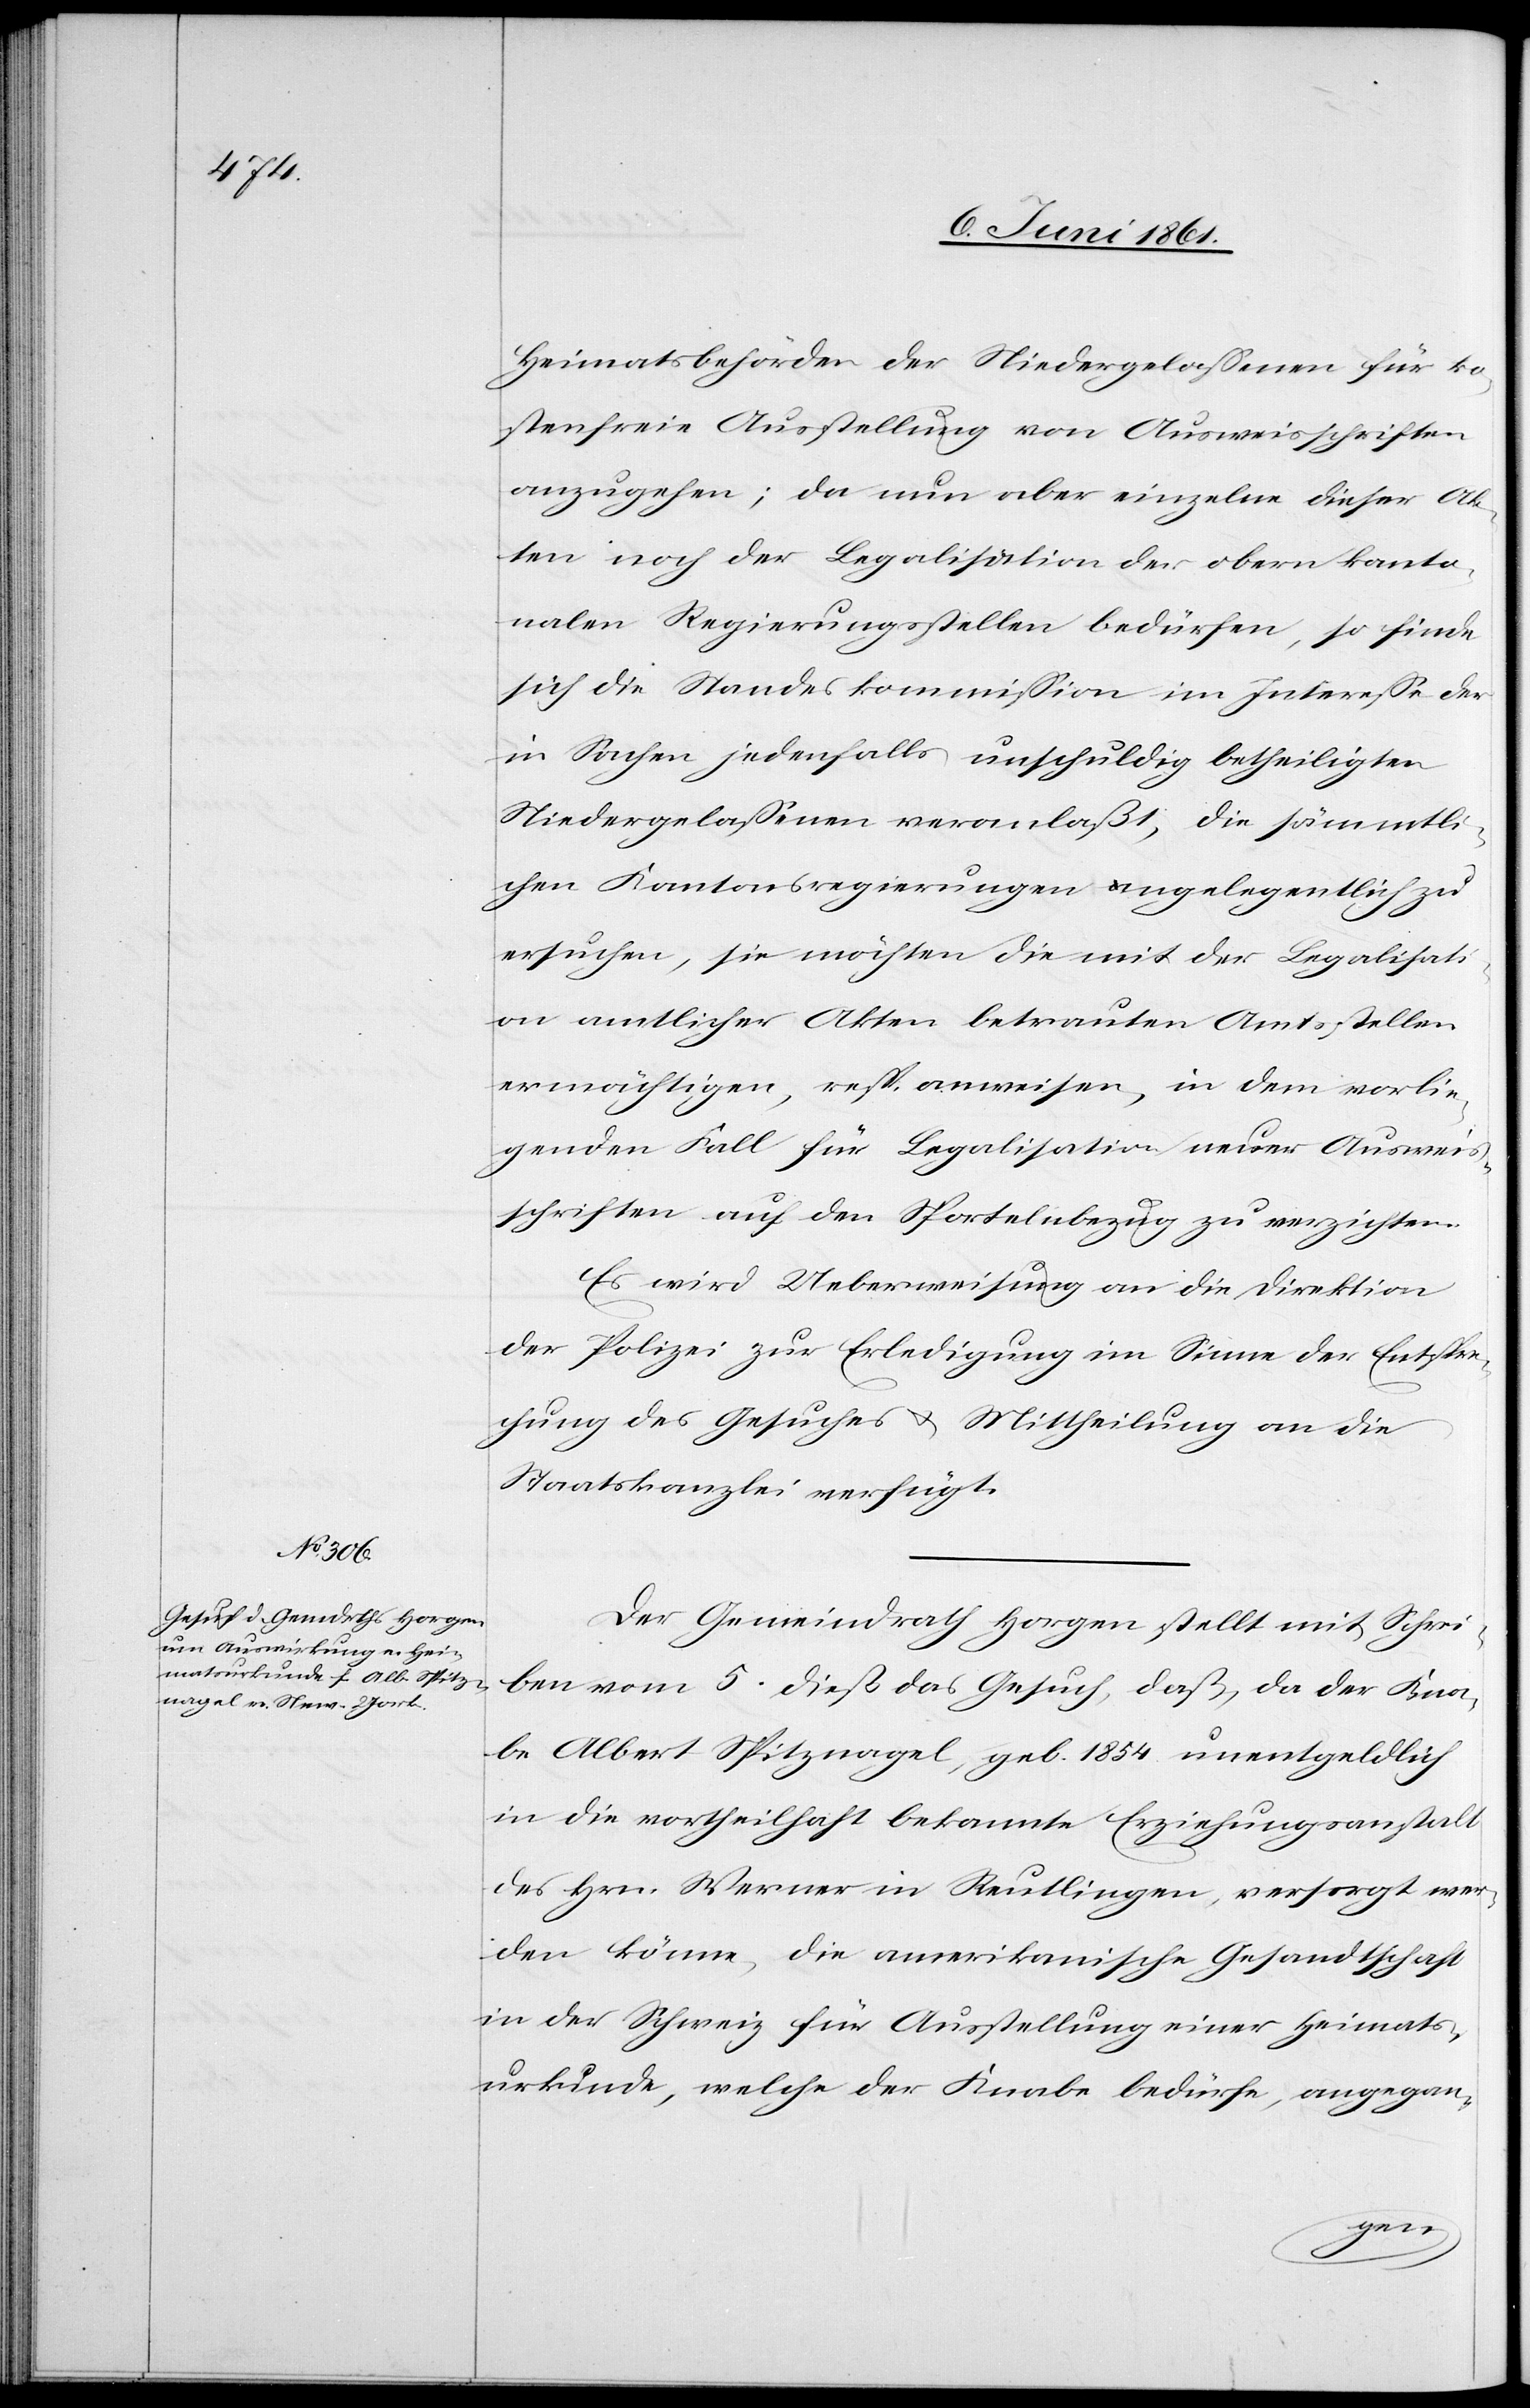
Heimatsbehörden der Niedergelassenen für ko¬
stenfreie Ausstellung von Ausweisschriften
anzugehen; da nun aber einzelne dieser Ak¬
ten noch der Legalisation der obern kanto¬
nalen Regierungsstellen bedürfen, so finde
sich die Standeskommission im Interesse der
in Sachen jedenfalls unschuldig betheiligten
Niedergelassenen veranlaßt, die sämmtli¬
chen Kantonsregierungen angelegentlich zu
ersuchen, sie möchten die mit der Legalisat¬
ion amtlicher Akten betrauten Amtsstellen
ermächtigen, resp. anweisen, in dem vorlie¬
genden Fall für Legalisation neuer Ausweis¬
schriften auf den Sportelnbezug zu verzichten.
Es wird Ueberweisung an die Direktion
der Polizei zur Erledigung im Sinne der Entspre¬
chung des Gesuches u. Mittheilung an die
Staatskanzlei verfügt.
Der Gemeindrath Horgen stellt mit Schrei¬
ben vom 5. dieß das Gesuch, daß, da der Kna¬
be Albert Spitznagel, geb. 1854 unentgeldlich
in die vortheilhaft bekannte Erziehungsanstalt
des Hrn. Werner in Reutlingen, versorgt wer¬
den könne, die amerikanische Gesandtschaft
in der Schweiz für Ausstellung einer Heimats¬
urkunde, welche der Knabe bedürfe, angegan-